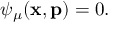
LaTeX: \psi _ { \mu } ( \mathbf { x } , \mathbf { p } ) = 0 .